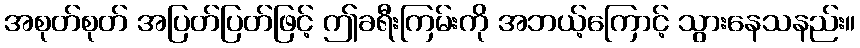
အစုတ်စုတ် အပြတ်ပြတ်ဖြင့် ဤခရီးကြမ်းကို အဘယ့်ကြောင့် သွားနေသနည်း။